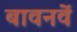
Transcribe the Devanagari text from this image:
बावनवें